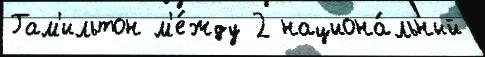
Гам'ильтон м'е́жду 2 национа́льный